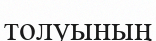
толуының